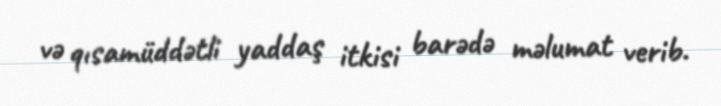
və qısamüddətli yaddaş itkisi barədə məlumat verib.